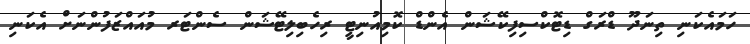
ހަމައެކަނި ތިނަދޫ ޑްރަގް ޑިޓޮކްސިފިކޭޝަން އެންޑް ކޮމިއުނިޓީ ރިހެބިލިޓޭޝަން ސެންޓަރ މުއައްޒަފުންނަށް އެކަނި